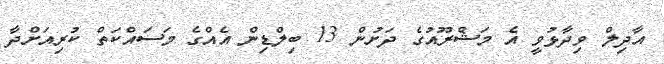
އާދިލް ވިދާޅުވީ އެ މަޝްރޫއުގެ ދަށުން 13 ބިލްޑިން އެއްގެ މަސައްކަތް ކުރިއަށްދާ